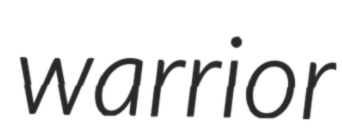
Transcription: warrior